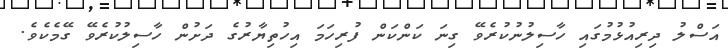
އަސްލު ދިރިއުޅުމުގައި ހާސިލުނުކުރެވޭ ގިނަ ކަންކަން ފުރިހަމަ އިހުތިޔާރުގެ ދަށުން ހާސިލުކުރެވޭ ގޭމެކެވެ.